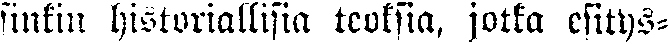
sinkin historiallisia teoksia, jotka esitys-